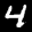
Label: 4